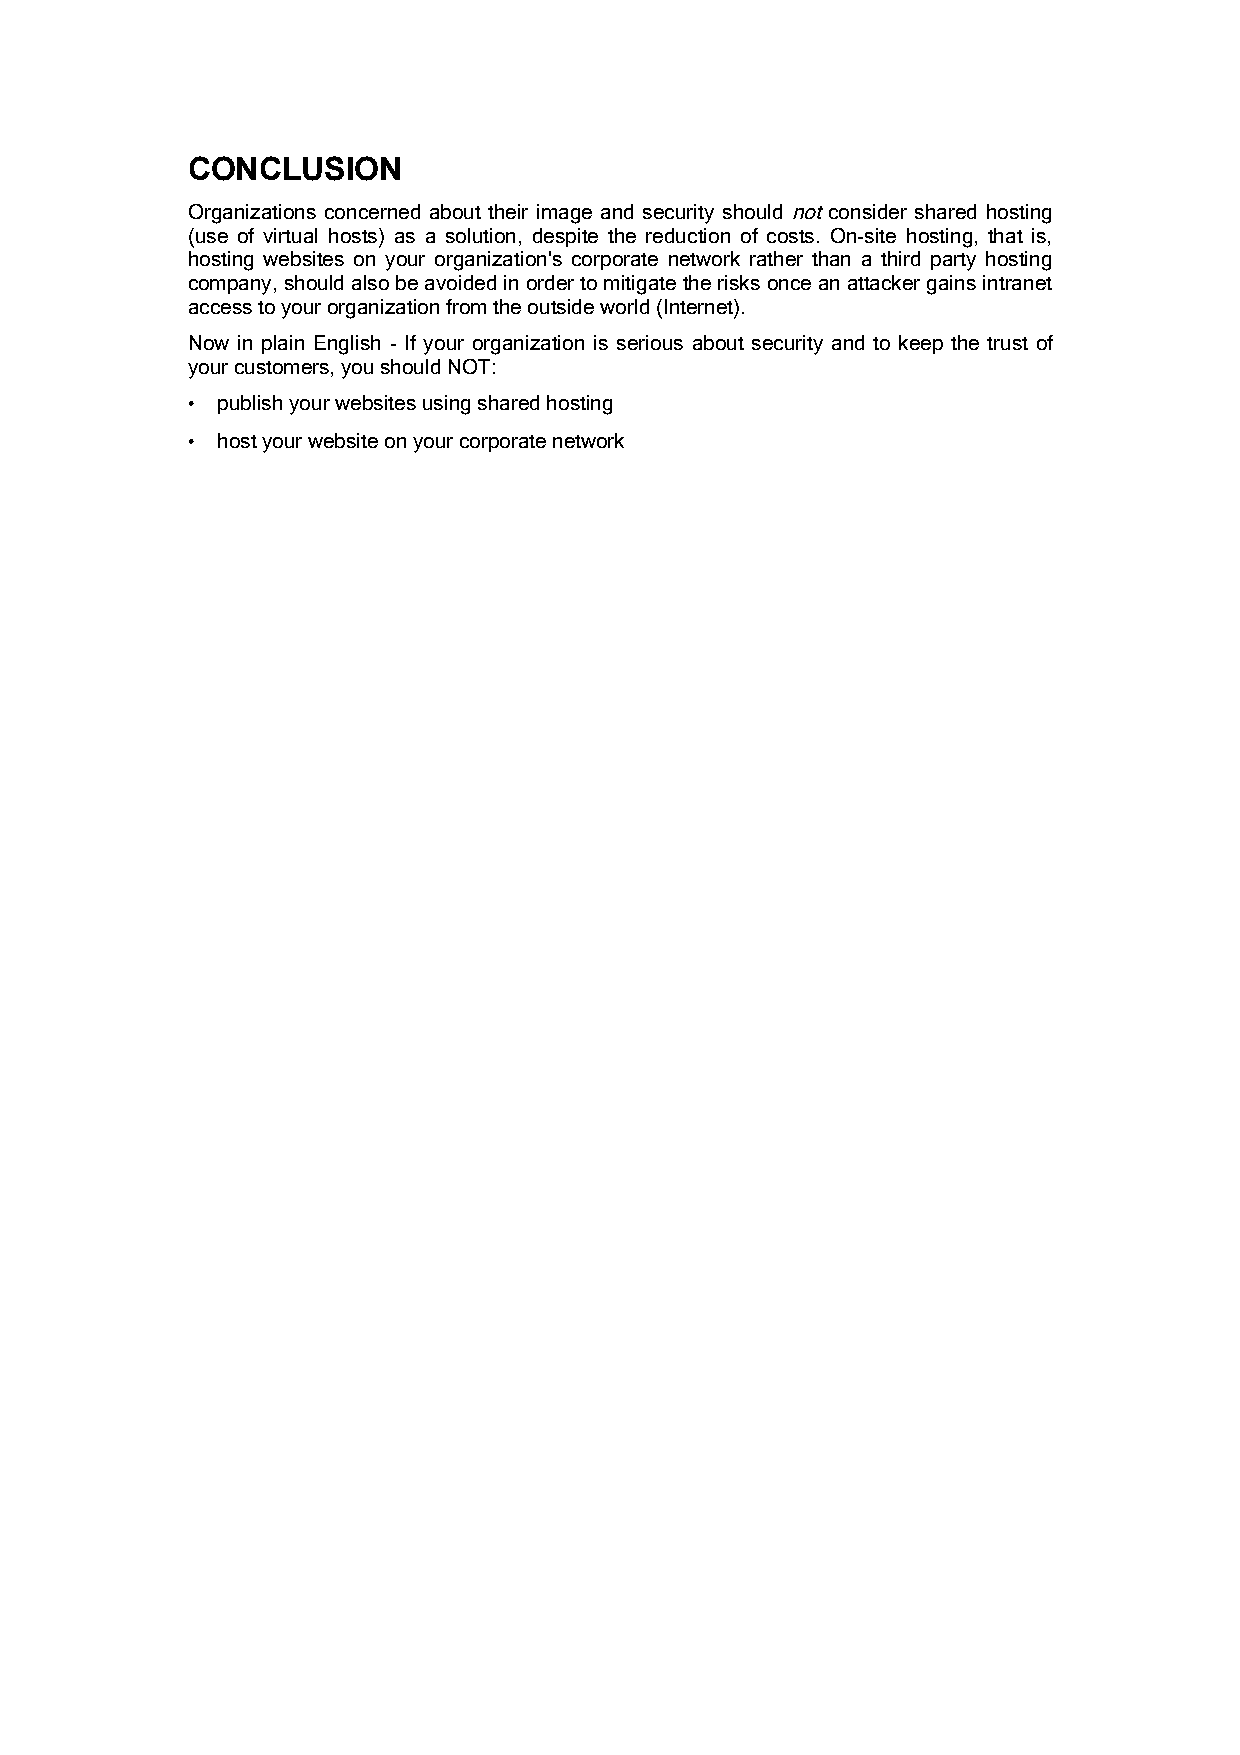
CONCLUSION
 Organizations concerned about their image and security should not consider shared hosting
 (use of virtual hosts) as a solution, despite the reduction of costs. On-site hosting, that is,
 hosting websites on your organization's corporate network rather than a third party hosting
 company, should also be avoided in order to mitigate the risks once an attacker gains intranet
 access to your organization from the outside world (Internet).
 Now in plain English - If your organization is serious about security and to keep the trust of
 your customers, you should NOT:
 • publish your websites using shared hosting
 • host your website on your corporate network